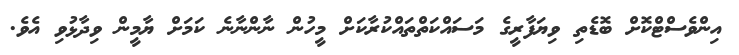
އިންވެސްޓްކޮށް ބޮޑެތި ވިޔަފާރީގެ މަސައްކަތްތައްކުރާކަށް މީހުން ނާންނާނެ ކަމަށް ޔާމީން ވިދާޅުވި އެވެ.